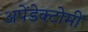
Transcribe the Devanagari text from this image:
अपेंडेक्टोमी